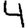
Digit: 4